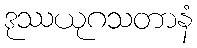
ဒုဿယုဂသတာနံ